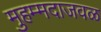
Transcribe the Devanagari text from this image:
मुहम्मदाजवळ